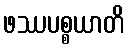
ဖဿပစ္စယာတိ